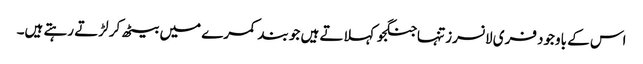
اس کے باوجود فری لانسرز تنہاجنگجو کہلاتے ہیں جو بند کمرے میں بیٹھ کر لڑتے رہتے ہیں۔